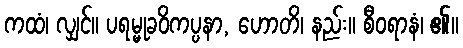
ကထံ၊ လျှင်။ ပရမ္မုခဝိကပ္ပနာ, ဟောတိ၊ နည်း။ စီဝရာနံ၊ ၏။